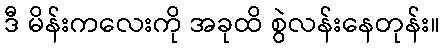
ဒီ မိန်းကလေးကို အခုထိ စွဲလန်းနေတုန်း။